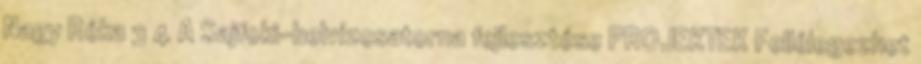
Nagy Réka 3 4 A Sajfoki-belvízcsatorna fejlesztése PROJEKTEK Fellélegezhet